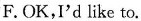
F.OK,I'd like to.